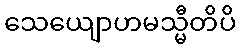
သေယျောဟမသ္မီတိပိ